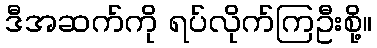
ဒီအဆက်ကို ရပ်လိုက်ကြဦးစို့။